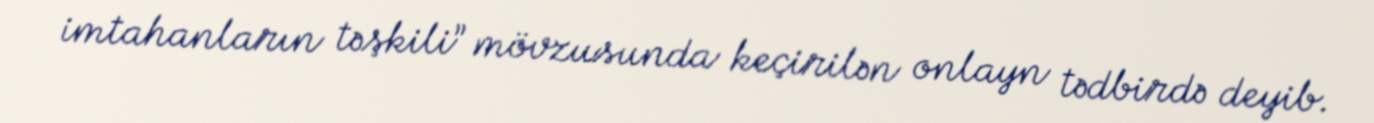
imtahanların təşkili” mövzusunda keçirilən onlayn tədbirdə deyib.